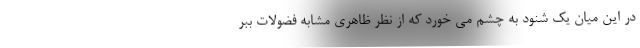
در این میان یک شنود به چشم می خورد که از نظر ظاهری مشابه فضولات ببر